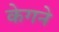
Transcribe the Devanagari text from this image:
केगने